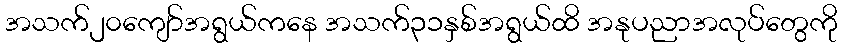
အသက်၂၀ကျော်အရွယ်ကနေ အသက်၃၁နှစ်အရွယ်ထိ အနုပညာအလုပ်တွေကို